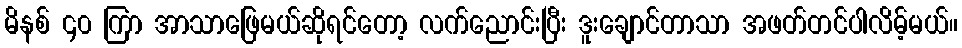
မိနစ် ၄၀ ကြာ အာသာဖြေမယ်ဆိုရင်တော့ လက်ညောင်းပြီး ဒူးချောင်တာသာ အဖတ်တင်ပါလိမ့်မယ်။